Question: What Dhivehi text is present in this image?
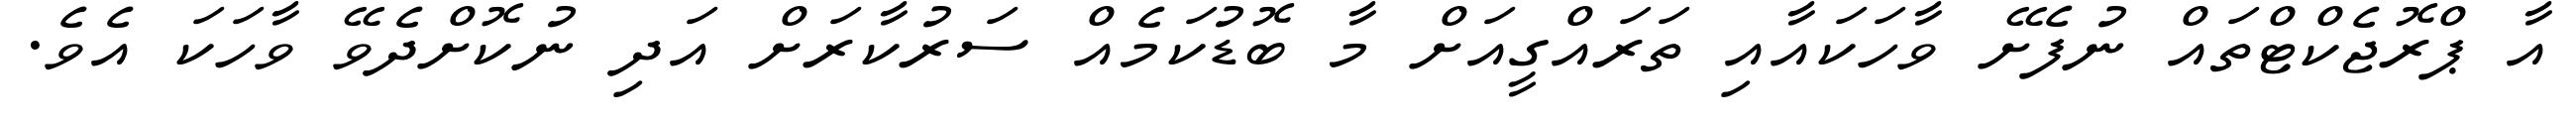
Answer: އާ ޕްރޮޖެކްޓްތައް ނުފެށޭ ވާހަކައާއި ތަރައްގީއަށް މާ ބޮޑުކަމެއް ސަރުކާރަށް އަދި ނުކޮށްދެވޭ ވާހަކަ އެވެ.